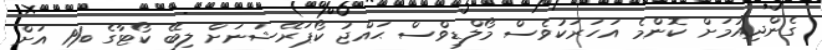
ގެންދިއުމަށް ކޮންމެ އަހަރަކުވެސް މޯލްޑިވްސް ޙައްޖު ކޯޕަރޭޝަނަށް ލިބޭ ކޯޓާގެ %1 އަށް